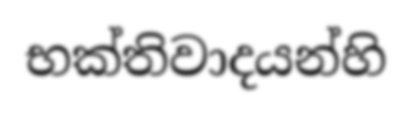
භක්තිවාදයන්හි